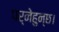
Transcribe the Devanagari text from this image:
पर्नेहुन्छ।